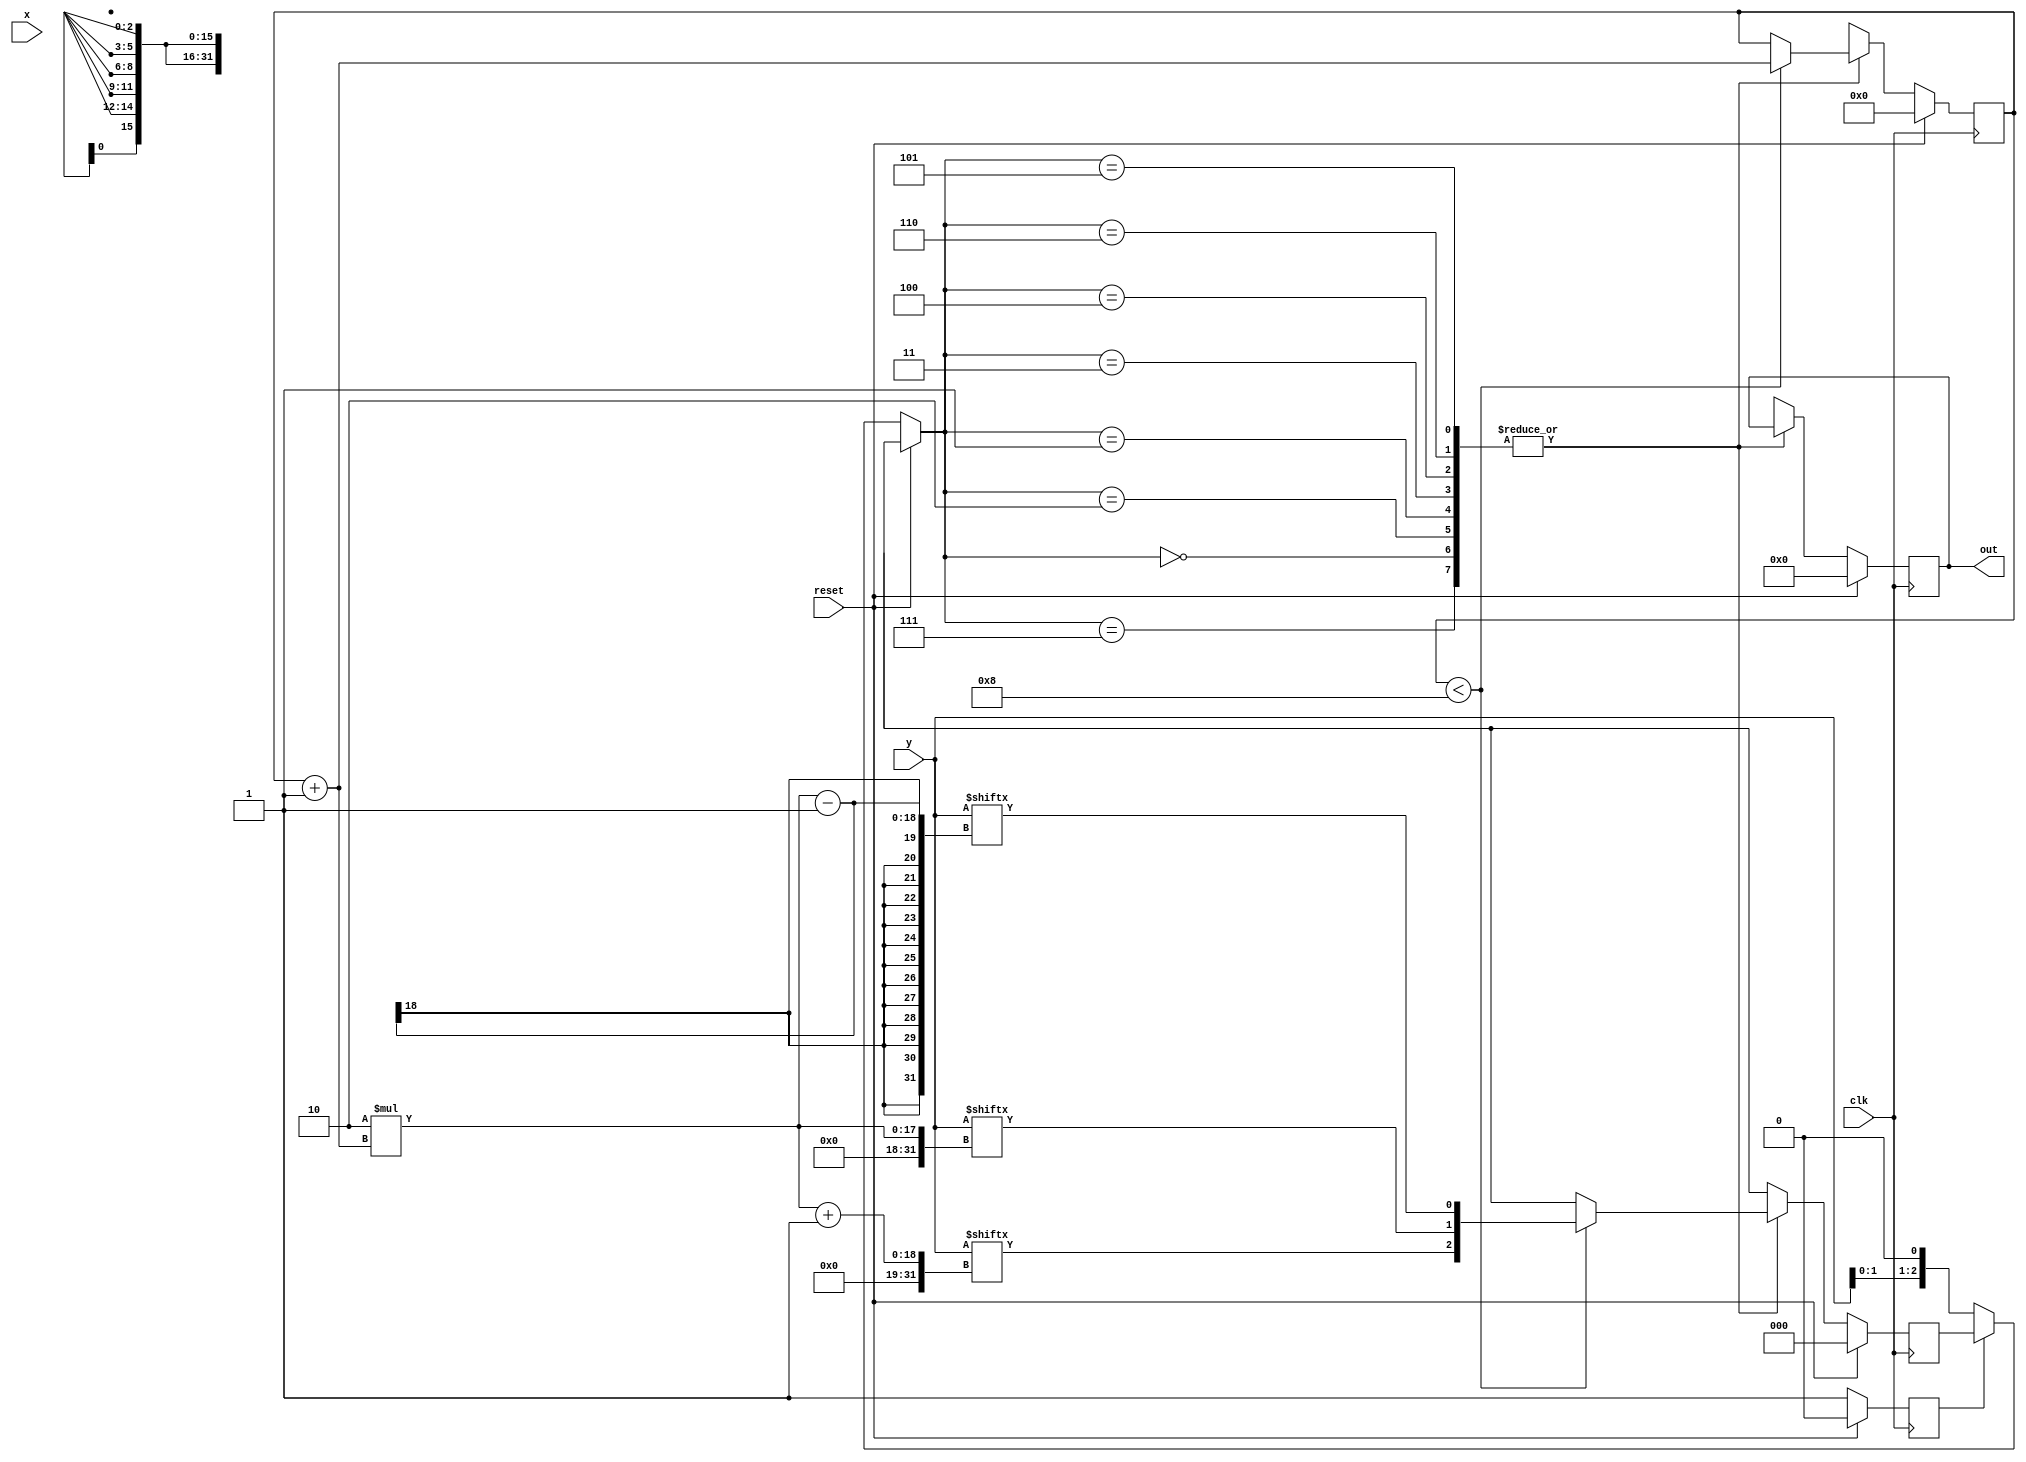


module multiplier (clk,reset,x,y,out);
input clk,reset;
input  [15:0] x,y;
output reg [31:0] out;

reg [2:0] c=0 ;
 
reg   [31:0] pp=0; //partial products
reg   [31:0] spp=0; //shifted partial products
reg   [31:0] prod=0;
reg [15:0] i=0,j=0;
reg flag=0, temp=0 ;
wire [15:0] inv_x ;
//assign x= (~x) +1'b1;
assign inv_x = (~x) +1'b1;
always@(posedge clk)
begin
if(reset)
begin
out=0;
c=0;
pp=0;
flag=0;
spp=0;
i=0;
j=0;
prod=0;
end
else begin
 
if(!flag)
c={y[1],y[0],1'b0};
flag=1;
case(c)
////////////////////////
3'b000,3'b111: begin
if(i<8)
begin  i=i+1;
c={y[2*i+1],y[2*i],y[2*i-1]}; end
else
c=3'bxxx;
end
////////////////////////////
3'b001,3'b010:
begin
if(i<8)
begin
i=i+1;
c={y[2*i+1],y[2*i],y[2*i-1]};
pp={{16{x[15]}},x};
if(i==1'b1)
prod=pp;
else
begin
temp=pp[31];
j=i-1;
j=j<<1;
spp=pp<<j;
spp={temp,spp[30:0]};
prod=prod+spp;
end
end
else c=3'bxxx;
end
///////////////////////////
3'b011:
begin
if(i<8)
begin
i=i+1;
c={y[2*i+1],y[2*i],y[2*i-1]};
pp={{15{x[15]}},x,1'b0};
if(i==1'b1)
prod=pp;
else
begin
temp=pp[31];
j=i-1;
j=j<<1;
spp=pp<<j;
spp={temp,spp[30:0]};
prod=prod+spp;
end
end
else c=3'bxxx;
end
///////////////////////////
3'b100:
begin
if(i<8)
begin
i=i+1;
c={y[2*i+1],y[2*i],y[2*i-1]};
pp={{15{inv_x[15]}},inv_x,1'b0};
if(i==1'b1)
prod=pp;
else
begin
temp=pp[31];
j=i-1;
j=j<<1;
spp=pp<<j;
spp={temp,spp[30:0]};
prod=prod+spp;
end
end
else c=3'bxxx;
end
////////////////////////////////////
3'b101, 3'b110:
begin
if(i<8)
begin
i=i+1;
c={y[2*i+1],y[2*i],y[2*i-1]};
pp={{16{inv_x[15]}},inv_x};
if(i==1'b1)
prod=pp;
else
begin
temp=pp[31];
j=i-1;
j=j<<1;
spp=pp<<j;
spp={temp,spp[30:0]};
prod=prod+spp;
end
end
else c=3'bxxx;
end
////////////////
default:
out= prod;
endcase
end
end
 
endmodule